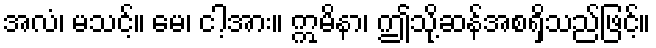
အလံ၊ မသင့်။ မေ၊ ငါ့အား။ ဣမိနာ၊ ဤသို့ဆန်အစရှိသည်ဖြင့်။